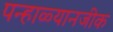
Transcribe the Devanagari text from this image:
पन्हाळ्यानजीक